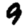
Digit: 9